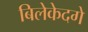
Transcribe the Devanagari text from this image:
बिलेकेदगे